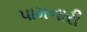
પામનારી